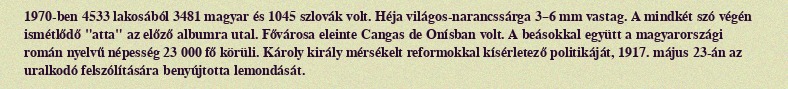
1970-ben 4533 lakosából 3481 magyar és 1045 szlovák volt. Héja világos-narancssárga 3–6 mm vastag. A mindkét szó végén ismétlődő "atta" az előző albumra utal. Fővárosa eleinte Cangas de Onísban volt. A beásokkal együtt a magyarországi román nyelvű népesség 23 000 fő körüli. Károly király mérsékelt reformokkal kísérletező politikáját, 1917. május 23-án az uralkodó felszólítására benyújtotta lemondását.